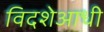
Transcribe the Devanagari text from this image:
विदशेआधी